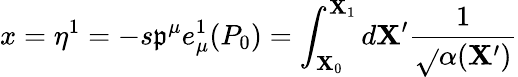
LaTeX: x=\eta^{1}=-s\mathfrak{p}^{\mu}e_{\mu}^{1}(P_{0})=\int_{\mathbf{X}_{0}}^{\mathbf{X}_{1}}d\mathbf{X}^{\prime}\frac{{1}}{{\sqrt{}{{\alpha(\mathbf{X}^{\prime})}}}}